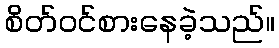
စိတ်ဝင်စားနေခဲ့သည်။